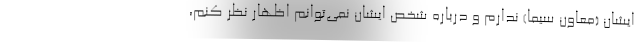
ایشان (معاون سیما) ندارم و درباره شخص ایشان نمی‌توانم اظهار نظر کنم،